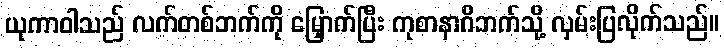
ယုကာဝါသည် လက်တစ်ဘက်ကို မြှောက်ပြီး ကုစာနာဂိဘက်သို့ လှမ်းပြလိုက်သည်။